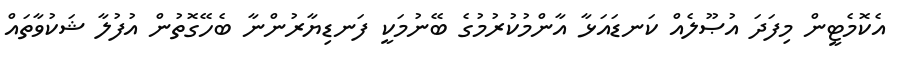
އެކޮމެޓީން މިފަދަ އުޞޫލެއް ކަނޑައަޅާ އާންމުކުރުމުގެ ބޭނުމަކީ ފަނޑިޔާރުންނާ ބެހޭގޮތުން އުފުލާ ޝަކުވާތައް